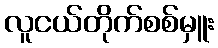
လူငယ်တိုက်စစ်မှူး